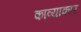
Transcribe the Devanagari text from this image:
काव्याकार